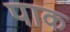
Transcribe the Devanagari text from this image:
पाक